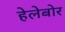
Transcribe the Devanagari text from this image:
हेलेबोर